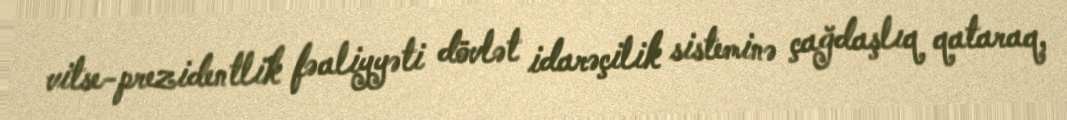
vitse-prezidentlik fəaliyyəti dövlət idarəçilik sisteminə çağdaşlıq qataraq,